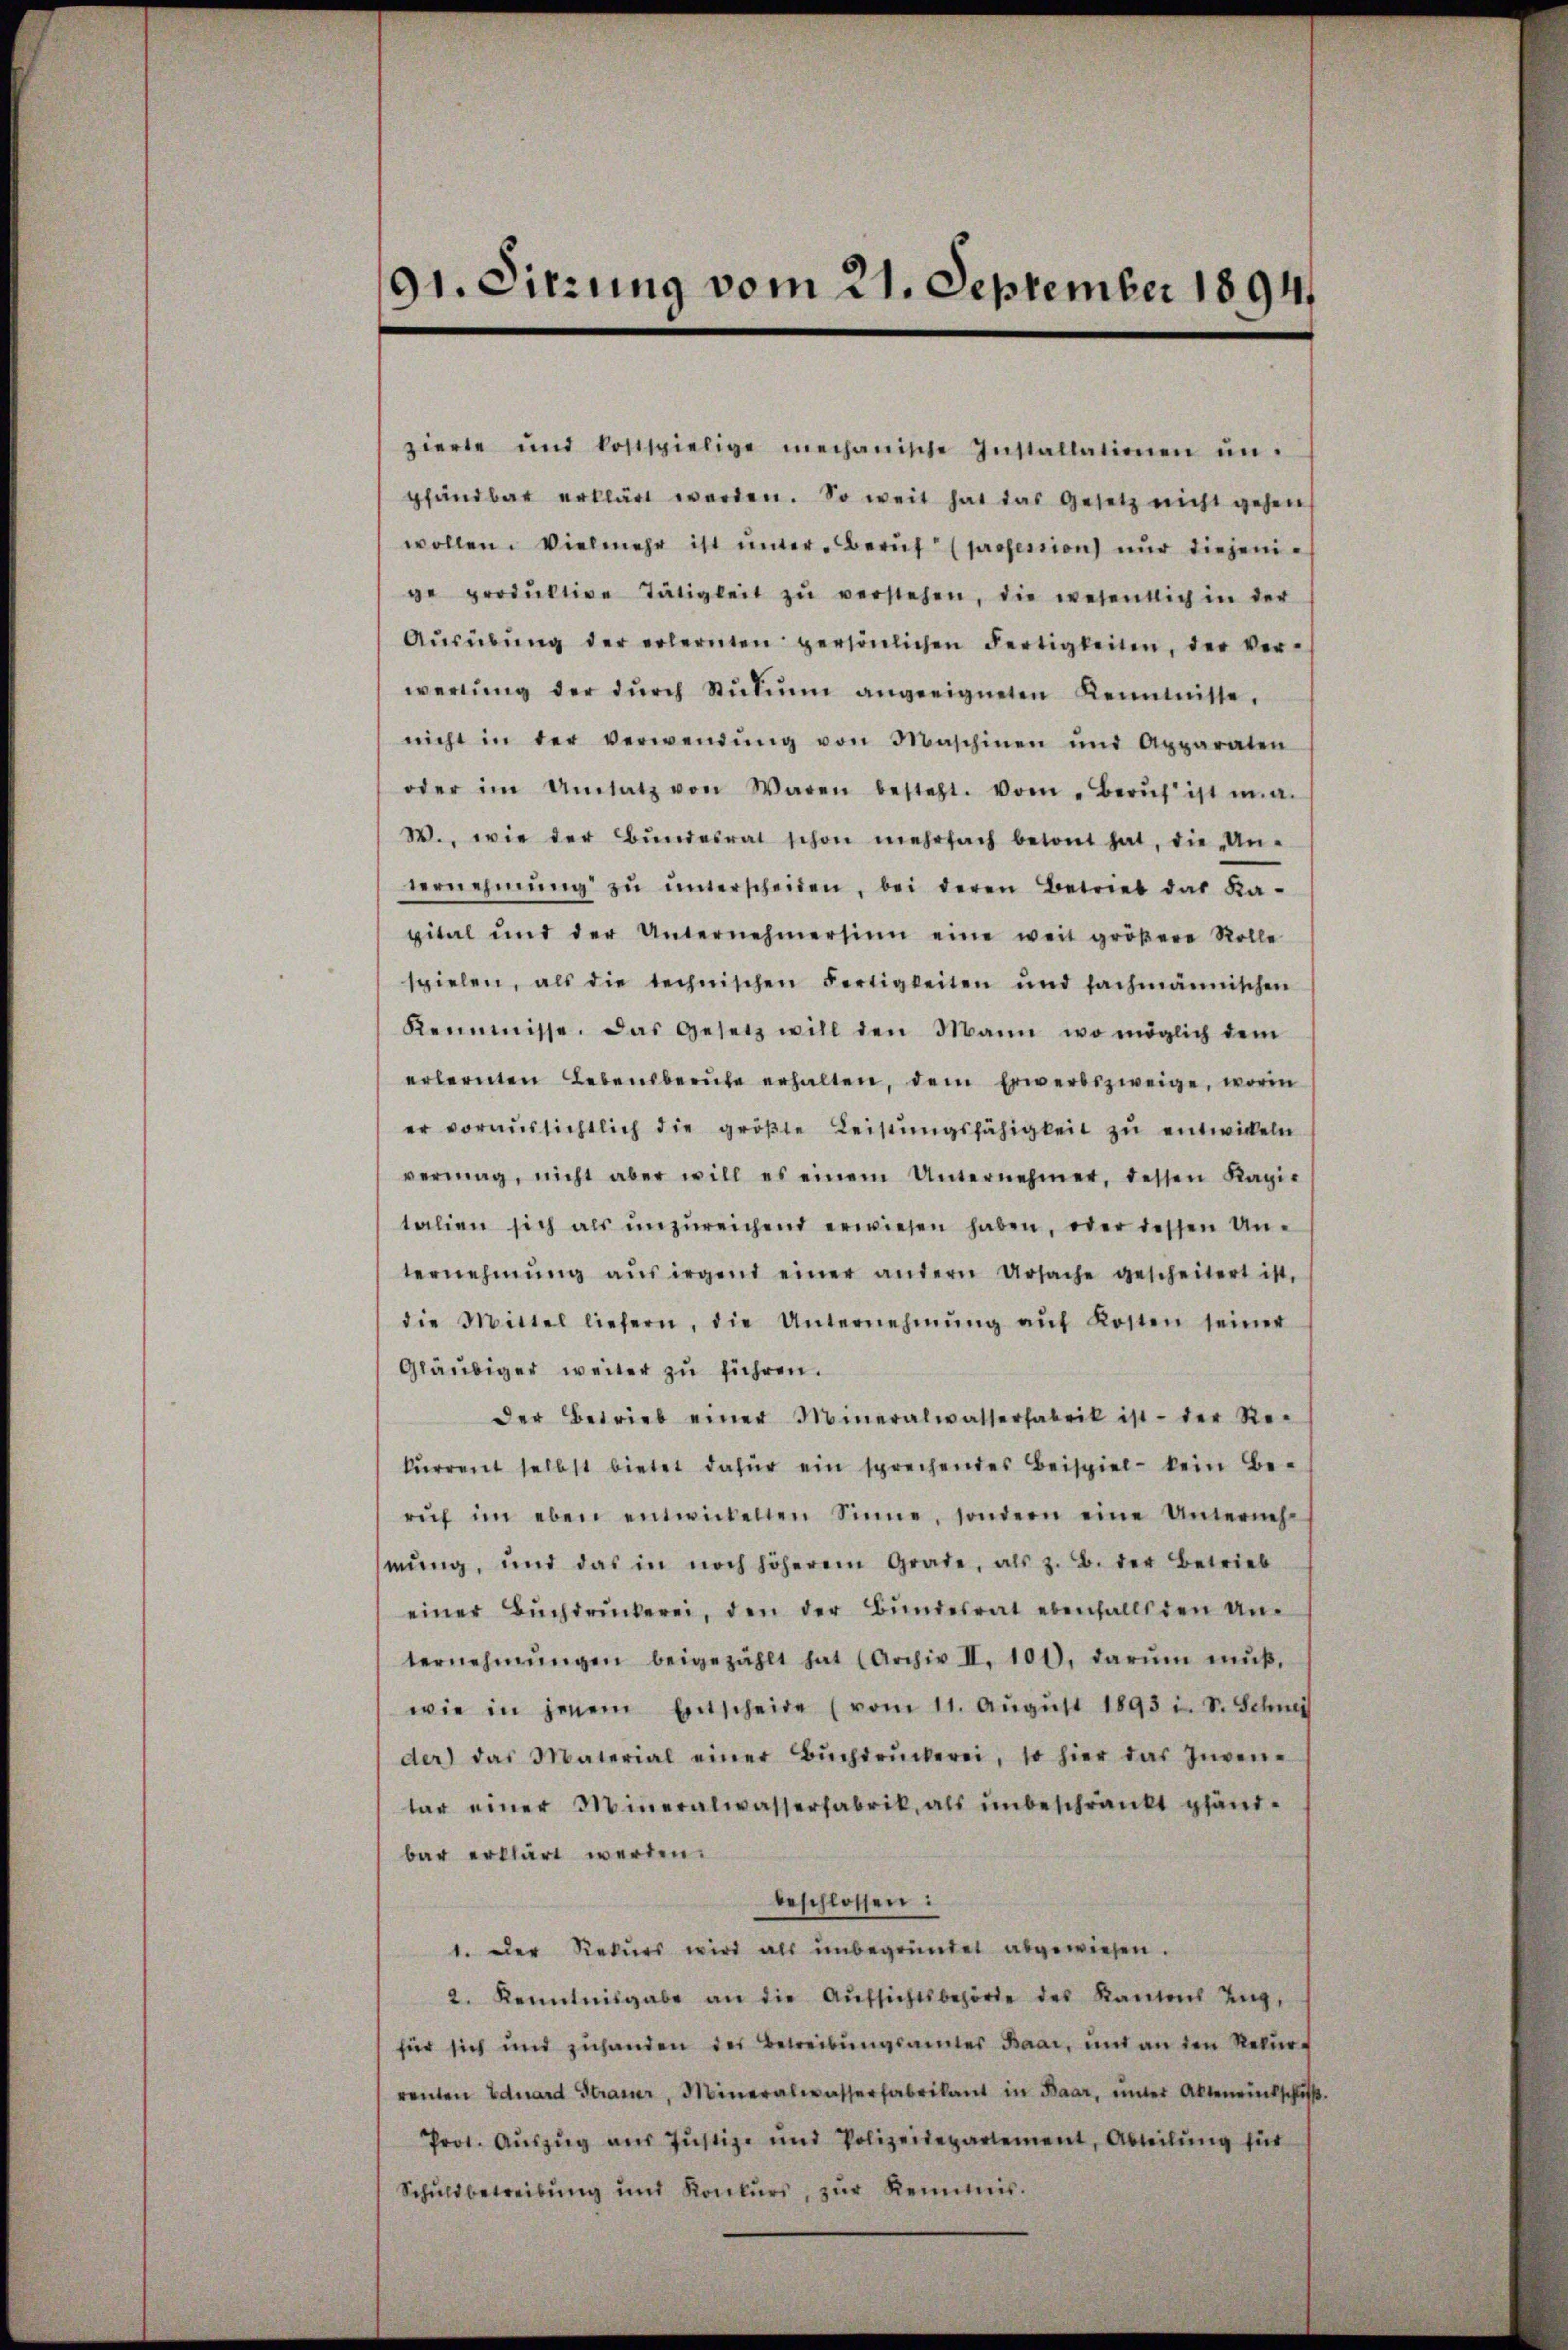
91. Sitzung vom 21. September 1894.

zierte und kostspielige mechanische Installationen ŭn-
pfandbar erklärt werden. So weit hat das Gesetz nicht gehen
wollen. Vielmehr ist ŭnter Berŭf (profession nur diejenige produktive Tätigkeit zŭ verstehen, die wesentlich in der
Aŭsübŭng der erlernten persönlichen Fertigkeiten, der Verwerŭng der dŭrch Stŭdiŭm angeeigneten Kenntnisse.
nicht in der verwendŭng von Maschinen und Apparaten
oder im Umsatz von Waren besteht. Vom Zürich ist ma
W., wie der Bŭndesrat schon mehrfach betont hat, die Un-
vernehmŭng zŭ ŭnterscheiden, bei deren Betrieb das Ka-
pital und der Unternehmersinn eine weit gröβere Rolle
spielen, als die technischen Fertigkeiten und fachmännischen
Keimnisse. Das Gesetz will den Mann, wo möglich dem
erlernten Lebensberŭfe erhalten, dem Erwerbszweige, worin
er voraŭssichtlich die größte Leistŭngsfähigkeit zŭ entwickeln
vermag, nicht aber will es einem Unternehmer, dessen Kapi-
talien sich als ŭnzŭreichend erwiesen haben, oder dessen Un-
ternehmung aŭs irgend einer andern Ursache gescheitert ist,
die Mittel liefern, die Unternehmŭng aŭf Kosten seiner
Gläubiger weiter zu führen.
Der Betrieb einer Mineralwasserfabrik ist - der Re-
kŭrrent selbst bietet dafür ein sprechendes Beispiel kein Be-
rŭf im eben entwickelten Sinne, sondern eine Unternehmung, und das in noch höherem Grade, als z. B. der Betrieb
einer Bŭchdrŭckerei, den der Bŭndesrat ebenfalls den Unternehmungen beigezählt hat (Archiv II. 100, darŭm mŭβ,
wie in jenem Entscheide (vom 11. Aŭgŭst 1893 i. S. Schnei
der) das Material einer Bŭchdrŭckerei, so hier das Inven-
tar einer Mineralwasserfabrik, als unbeschränkt gländbar erklärt werden.
beschlossen:
1. Der Rekurs wird als unbegründet abgewiesen.
2. Kenntnisgabe an die Aŭfsichtsbehörde des Kantons Ung
für sich und zuhanden des Betreibungsamtes Baar, und an den Rekurrenten Eduard Strauer, Mineralwasserfabrikant in Baar, unter Akteneintschuß.
Prot. Auszug aus Justiz- und Polizeidepartement, Abteilung für
Schŭldbetreibŭng und Konkurs, zŭr Reimis.